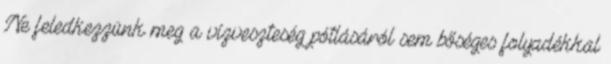
Ne feledkezzünk meg a vízveszteség pótlásáról sem bőséges folyadékkal